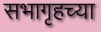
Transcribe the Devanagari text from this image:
सभागृहच्या